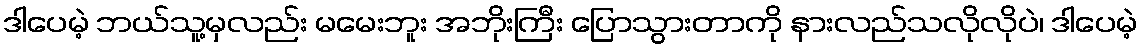
ဒါပေမဲ့ ဘယ်သူ့မှလည်း မမေးဘူး အဘိုးကြီး ပြောသွားတာကို နားလည်သလိုလိုပဲ၊ ဒါပေမဲ့